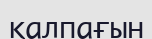
қалпағын